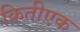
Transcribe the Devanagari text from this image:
कितीएक